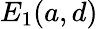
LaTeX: E_{1}(a,d)